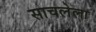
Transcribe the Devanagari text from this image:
साचलेला